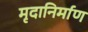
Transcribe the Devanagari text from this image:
मृदानिर्माण